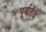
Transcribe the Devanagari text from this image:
पूर्णतेचे